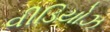
વીડિયોઝ